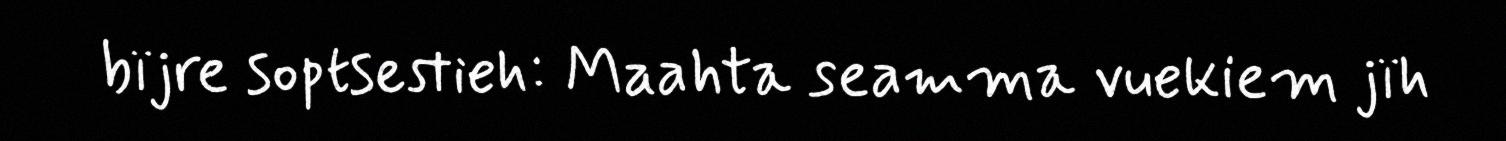
bïjre soptsestieh: Maahta seamma vuekiem jïh